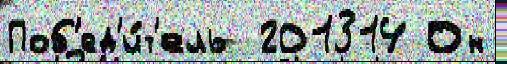
Поб'ед'и́т'ель  201314 Он